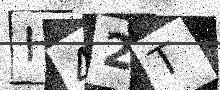
Text: H42T